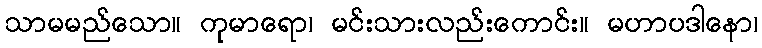
သာမမည်သော။ ကုမာရော၊ မင်းသားလည်းကောင်း။ မဟာပဒါနော၊